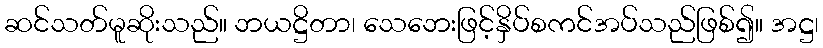
ဆင်သတ်မူဆိုးသည်။ ဘယဋ္ဌိတာ၊ သေဘေးဖြင့်နှိပ်စကင်အပ်သည်ဖြစ်၍။ အဋ္ဌ၊